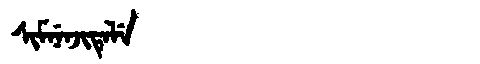
Manchu: ᠰᡳᠮᠨᡝᠨᠵᡳᡨᡝᠯᡝ
Romanization: SIMNENJITELE